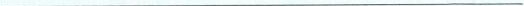
___